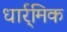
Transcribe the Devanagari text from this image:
धार्र्मिक